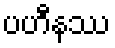
ပဟီနဿ